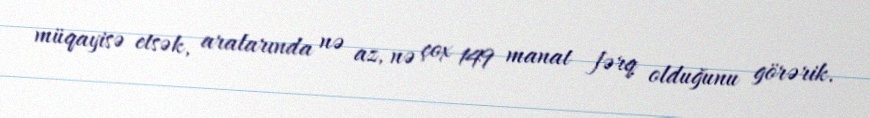
müqayisə etsək, aralarında nə az, nə çox 149 manat fərq olduğunu görərik.